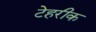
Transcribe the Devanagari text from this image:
टेहरीक